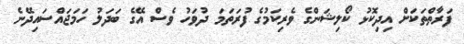
ފަރާތްތަކަށް އިދިކޮޅު ކޯލިޝަންގެ ވެރިކަމުގެ ފުރަތަމަ ދުވަހު ވެސް އޭގެ ބަދަލު ހަމަޖައްސައިދޭނެ